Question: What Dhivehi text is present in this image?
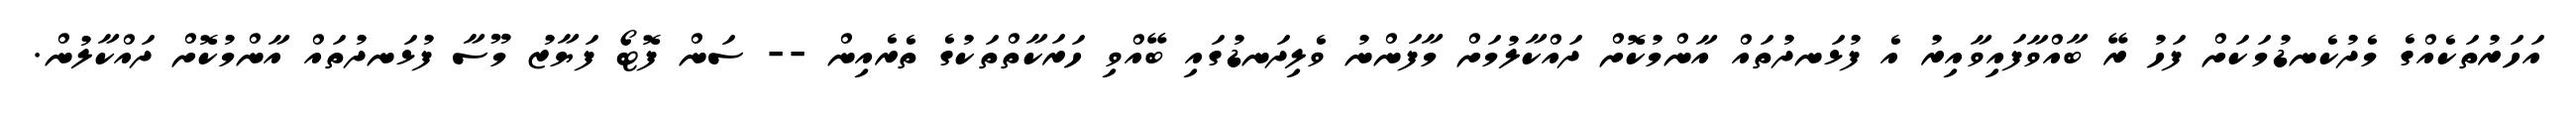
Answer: އަހަރުތަކެއްގެ މެދުކެނޑުމަކަށް ފަހު ރޭ ބާއްވާފައިވާއިރު އެ ފުޅަނދުތައް އާންމުކޮށް ދައްކާލުމަށް މާފަންނު ވެލިދަނޑުގައި ބޭއްވި ހަރަކާތްތަކުގެ ތެރެއިން -- ސަން ފޮޓޯ ފަޔާޒު މޫސާ ފުޅަނދުތައް އާންމުކޮށް ދައްކާލުން.